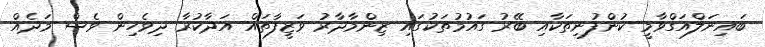
ބައިނަލްއަގްވާމީ ކުންފުނިތަކާއި ބޭރު ގައުމުތަކުގައި ޒިންމާދާރު ވަޒީފާތައް އަދާކުރާ ދިވެހިން ވެސް މަދެއް